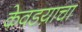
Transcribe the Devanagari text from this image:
केवडय़ाचा